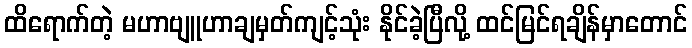
ထိရောက်တဲ့ မဟာဗျူဟာချမှတ်ကျင့်သုံး နိုင်ခဲ့ပြီလို့ ထင်မြင်ရချိန်မှာတောင်